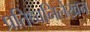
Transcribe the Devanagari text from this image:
प्रतिध्वनिलेखन